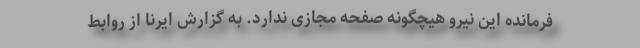
فرمانده این نیرو هیچگونه صفحه مجازی ندارد. به گزارش ایرنا از روابط